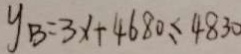
y _ { B } = 3 x + 4 6 8 0 \leq 4 8 3 0